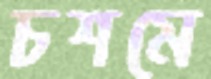
চশমে